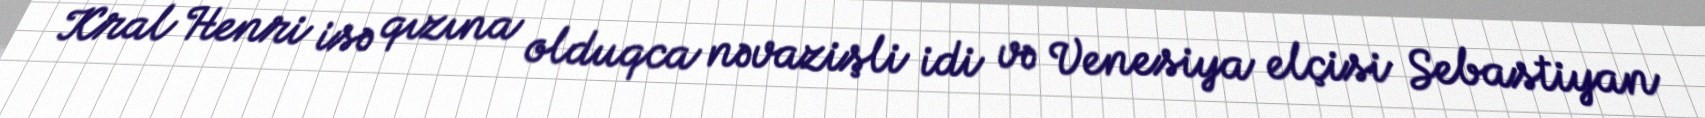
Kral Henri isə qızına olduqca nəvazişli idi və Venesiya elçisi Sebastiyan